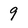
Character: 9